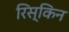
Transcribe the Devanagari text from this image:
रिस्किन